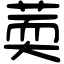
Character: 䓴